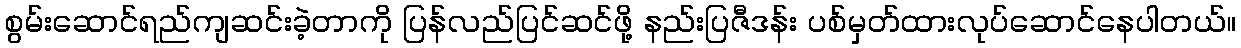
စွမ်းဆောင်ရည်ကျဆင်းခဲ့တာကို ပြန်လည်ပြင်ဆင်ဖို့ နည်းပြဇီဒန်း ပစ်မှတ်ထားလုပ်ဆောင်နေပါတယ်။